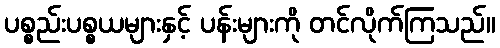
ပစ္စည်းပစ္စယများနှင့် ပန်းများကို တင်လိုက်ကြသည်။